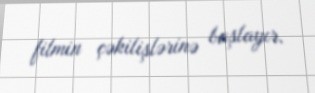
filmin çəkilişlərinə başlayır.